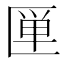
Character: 𰅦